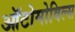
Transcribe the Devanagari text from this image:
ऑटोमोविल्स